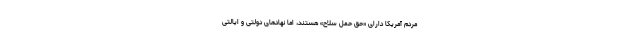
مردم آمریکا دارای «حق حمل سلاح» هستند، اما نهادهای دولتی و ایالتی